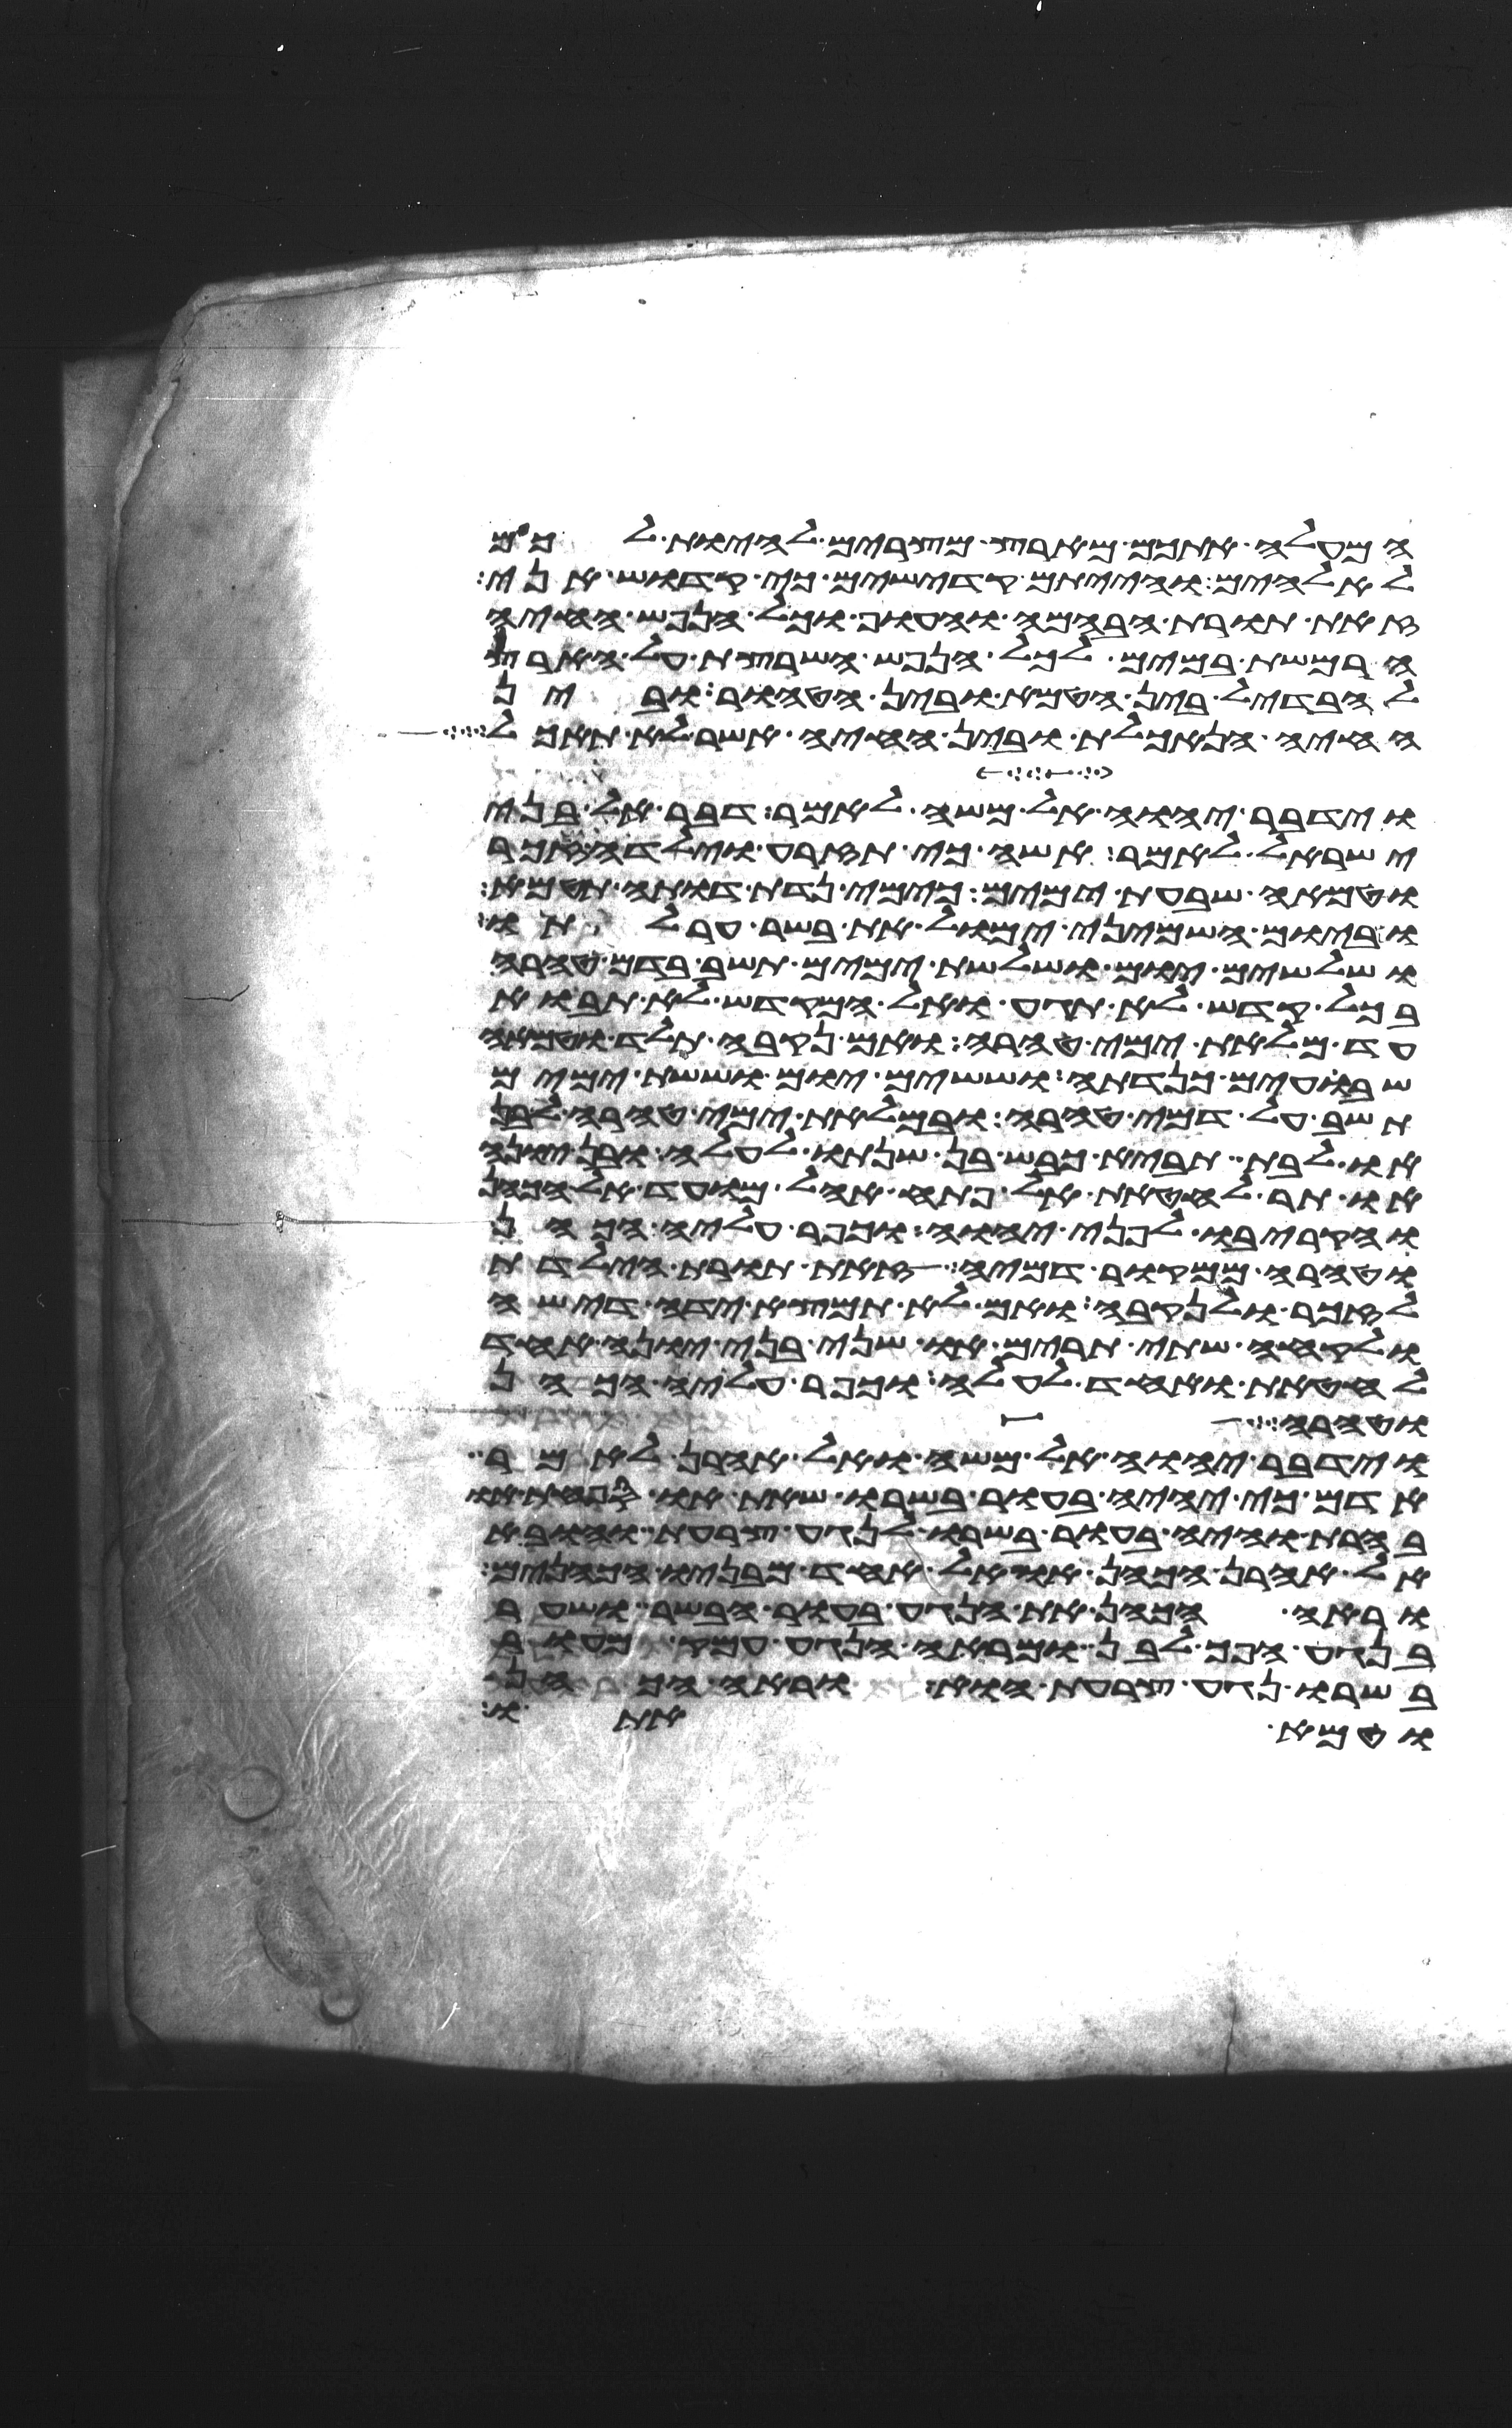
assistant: המעלה אתכם מארץ מצרים להיות לכם
לאלהים והייתם קדישים כי קדוש אני
זאת תורת הבהמה והעוף וכל הנפש החיה
הרמשת במים לכל הנפש השרצת על הארץ
להבדיל בין הטמא ובין הטהור ובין
החיה הנאכלת ובין החיה אשר לא תאכל
וידבר יהוה אל משה לאמר דבר אל בני
ישראל לאמר אשה כי תזרע וילדה זכר
וטמאה שבעת ימים כימי נדת דותה תטמא
וביום השמיני ימול את בשר ערלתו
ושלשים יום ושלשת ימים תשב בדם טהרה
בכל קדש לא תגע ואל המקדש לא תבוא
עד מלאת ימי טהרה ואם נקבה תלד וטמאה
שבועים כנדתה וששים יום וששת ימים
תשב על דמי טהרה ובמלאת ימי טהרה לבן
או לבת תביא כבש בן שנתו לעלה או בן יונה
או תר לחטאת אל פתח אהל מועד אל הכהן
והקריבו לפני יהוה וכפר עליה הכהן
וטהרה ממקור דמיה זאת תורת הילדת
לזכר ולנקבה ואם לא תמצא ידה די שה
ולקחה שתי תרים או שני בני יונה אחד
לחטאת ואחד לעלה וכפר עליה הכהן
וטהרה
וידבר יהוה אל משה ואל אהרן לאמר
אדם כי יהיה בעור בשרו שאת או ספחת או
בהרת והיה בעור בשרו לנגע צרעת והובא
אל אהרן הכהן או אל אחד מבניו הכהנים
וראה הכהן את הנגע בעור הבשר ושער
בנגע הפך לבן ומראה הנגע עמק מעור
בשרו נגע צרעת הוא וראה הכהן
וטמא אתו